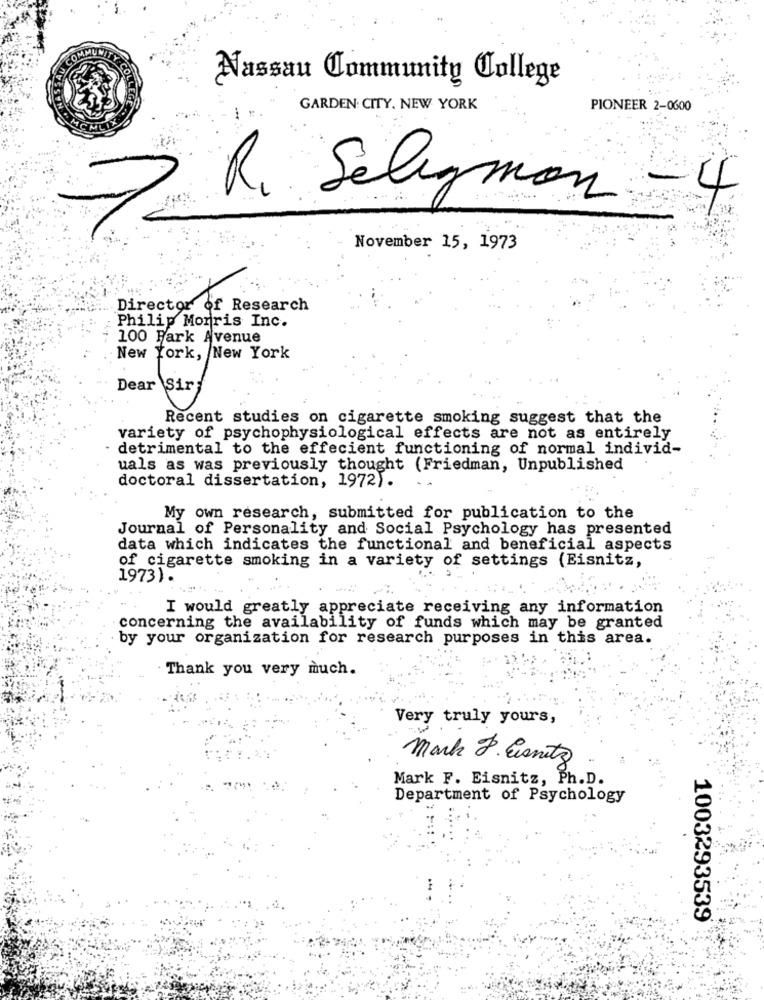
COMMUNITYEG
COLL
Nassau Community College
GARDEN CITY. NEW YORK
PIONEER 2-0600
R. Selegmon - 4
November 15, 1973
Director of Research
Philip Morris Inc.
100 Fark Avenue
New York, New York
Dear Sir
Recent studies on cigarette smoking suggest that the
variety of psychophysiological effects are not as entirely
- detrimental to the effecient functioning of normal individ-
uals as was previously thought (Friedman, Unpublished
doctoral dissertation, 1972).
My own research, submitted for publication to the
Journal of Personality and Social Psychology has presented
data which indicates the functional and beneficial aspects
of cigarette smoking in a variety of settings (Eisnitz,
1973).
I would greatly appreciate receiving any information
concerning the availability of funds which may be granted
by your organization for research purposes in this area.
Thank you very much.
Very truly yours,
Mark 8. Essnitz
Mark F. Eisnitz, Ph.D.
Department of Psychology
1003293539